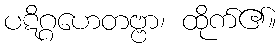
ပဋိဂ္ဂဟေတဗ္ဗာ၊ ထိုက်၏။